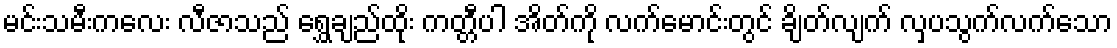
မင်းသမီးကလေး လီဇာသည် ရွှေချည်ထိုး ကတ္တီပါ အိတ်ကို လက်မောင်းတွင် ချိတ်လျက် လှပသွက်လက်သော